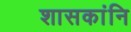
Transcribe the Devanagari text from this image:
शासकांनि